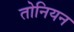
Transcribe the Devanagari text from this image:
तोनियन